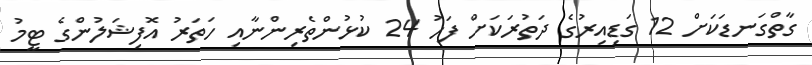
ގާތްގަނޑަކަށް 12 ގަޑިއިރުގެ ދަތުރަކަށް ފަހު 24 ކުޅުންތެރިންނާއި ހަތަރު އޮފިޝަލުންގެ ޓީމު